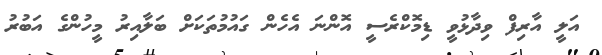
އަލީ އާރިފް ވިދާޅުވީ ޑިމޮކްރެސީ އޮންނަ އެހެން ގައުމުތަކަށް ބަލާއިރު މީހުންގެ އަބުރު